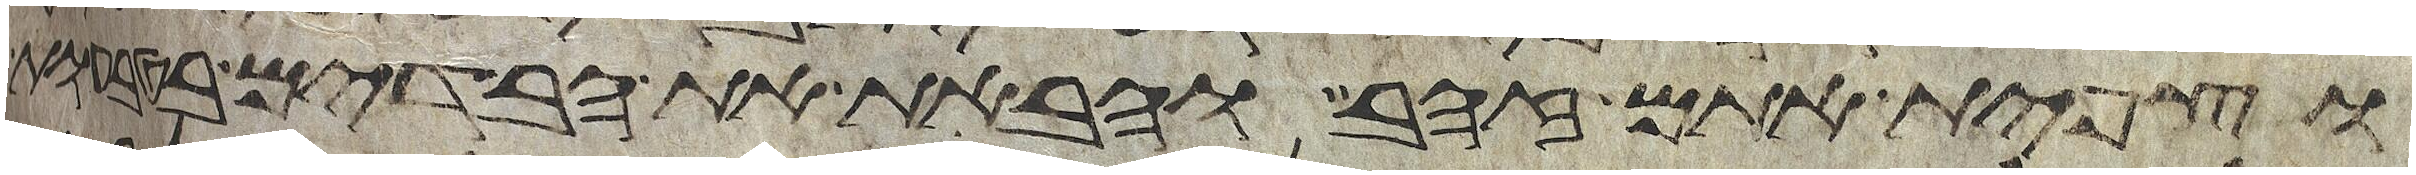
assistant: וצפית אתם זהב והבאת את הבדים